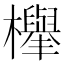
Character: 𣟱